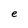
Character: e